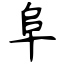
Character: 阜